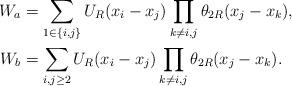
LaTeX: \begin{align*} W_a &= \sum_{1\in \{i,j\}} U_R(x_i-x_j) \prod_{k\ne i,j} \theta_{2R}(x_j-x_k),\\W_b &= \sum_{i,j \ge 2} U_R(x_i-x_j) \prod_{k\ne i,j} \theta_{2R} (x_j-x_k).\end{align*}